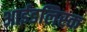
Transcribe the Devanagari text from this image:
आईडलिस्क